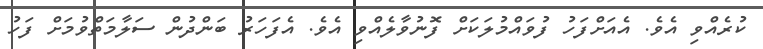
ކުރެއްވި އެވެ. އެއަށްފަހު ފުވައްމުލަކަށް ފޮނުވާލެއްވި އެވެ. އެފަހަރު ބަންދުން ސަލާމަތްވުމަށް ފަހު